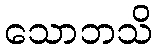
သောဘသိ